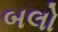
બલો